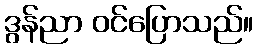
ဒွန်ညာ ဝင်ပြောသည်။